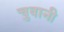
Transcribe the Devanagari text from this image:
चुवानी